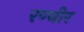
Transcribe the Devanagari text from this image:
रण्बीर